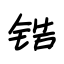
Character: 锆